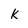
Character: k